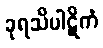
ခုရသိပါဋိကံ